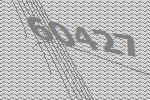
60427